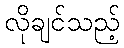
လိုချင်သည့်